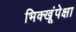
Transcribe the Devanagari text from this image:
भिक्खूंपेक्षा